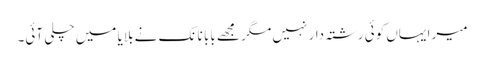
میرا یہاں کوئی رشتہ دار نہیں مگر مجھے بابا نانک نے بلایا میں چلی آئی۔